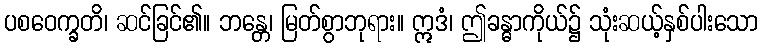
ပစဝေက္ခတိ၊ ဆင်ခြင်၏။ ဘန္တေ၊ မြတ်စွာဘုရား။ ဣဒံ၊ ဤခန္ဓာကိုယ်၌ သုံးဆယ့်နှစ်ပါးသော